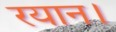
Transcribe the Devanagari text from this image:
रयान।